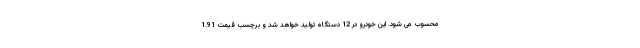
محسوب می شود. این خودرو در 12 دستگاه تولید خواهد شد و برچسب قیمت 1.91